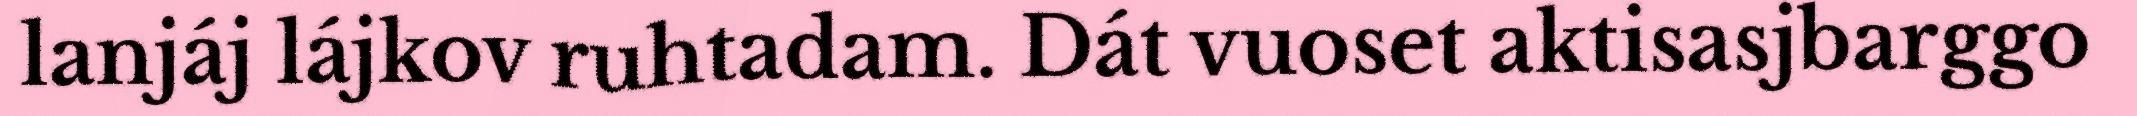
lanjáj lájkov ruhtadam. Dát vuoset aktisasjbarggo